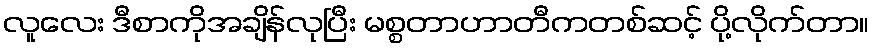
လူလေး ဒီစာကိုအချိန်လုပြီး မစ္စတာဟာတီကတစ်ဆင့် ပို့လိုက်တာ။